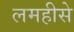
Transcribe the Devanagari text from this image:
लमहीसे